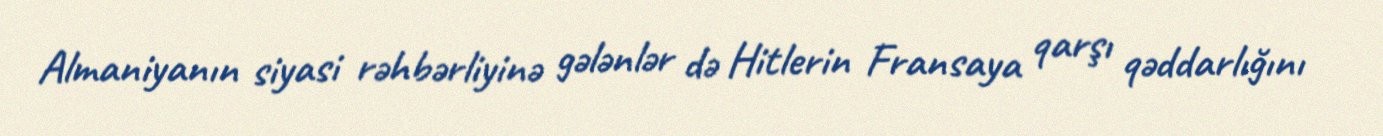
Almaniyanın siyasi rəhbərliyinə gələnlər də Hitlerin Fransaya qarşı qəddarlığını